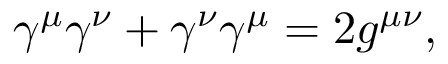
\gamma ^ { \mu } \gamma ^ { \nu } + \gamma ^ { \nu } \gamma ^ { \mu } = 2 g ^ { \mu \nu } ,